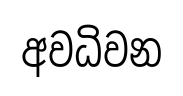
අවධිවන